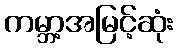
ကမ္ဘာ့အမြင့်ဆုံး